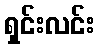
ရှင်းလင်း